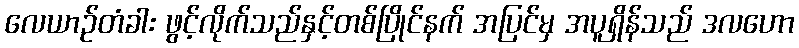
လေယာဉ်တံခါး ဖွင့်လိုက်သည်နှင့်တစ်ပြိုင်နက် အပြင်မှ အပူရှိန်သည် ဒလဟော